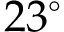
2 3 ^ { \circ }